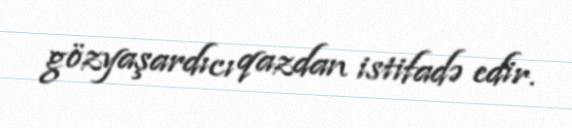
gözyaşardıcı qazdan istifadə edir.